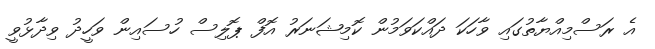
އެ ރަސްމިއްޔާތުގައި ވާހަކަ ދައްކަވަމުން ކޮމިޝަނަރު އޮފް ޕޮލިސް ހުސައިން ވަހީދު ވިދާޅުވީ